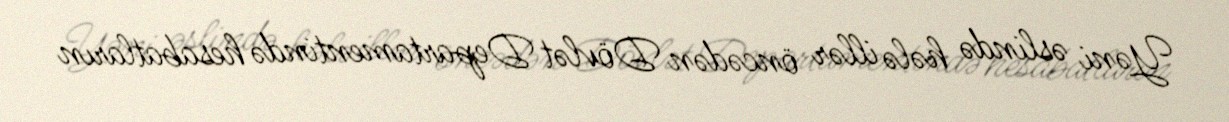
Yəni əslində hələ illər öncədən Dövlət Departamentində hesabatların